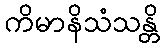
ကိမာနိသံသန္တိ